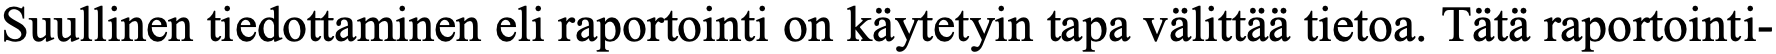
Suullinen tiedottaminen eli raportointi on käytetyin tapa välittää tietoa. Tätä raportointi-